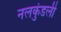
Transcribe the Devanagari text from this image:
नलकुंडली